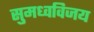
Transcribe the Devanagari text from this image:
सुमध्वविजय